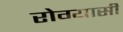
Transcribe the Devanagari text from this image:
रोग्यासी